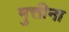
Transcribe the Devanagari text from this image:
मुत्तीना